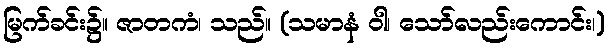
မြက်ခင်း၌။ ဇာတကံ၊ သည်။ (သမာနံ ဝါ၊ သော်လည်းကောင်း၊)